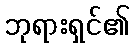
ဘုရားရှင်၏